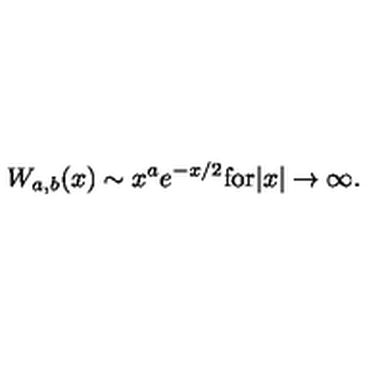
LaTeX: W _ { a , b } ( x ) \sim x ^ { a } e ^ { - x / 2 } \mathrm { f o r } | x | \rightarrow \infty .